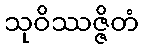
သုဝိဿဇ္ဇိတံ